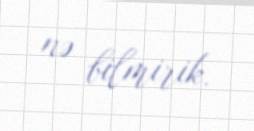
nə bilmirik.